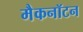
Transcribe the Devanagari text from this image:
मैकनॉटन